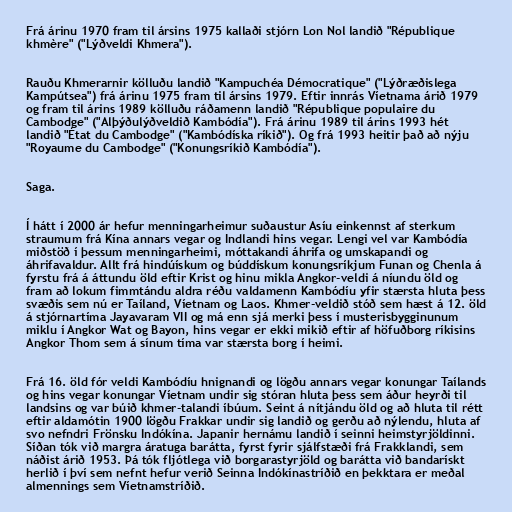
Frá árinu 1970 fram til ársins 1975 kallaði stjórn Lon Nol landið "République
khmère" ("Lýðveldi Khmera").

Rauðu Khmerarnir kölluðu landið "Kampuchéa Démocratique" ("Lýðræðislega
Kampútsea") frá árinu 1975 fram til ársins 1979. Eftir innrás Víetnama árið 1979
og fram til árins 1989 kölluðu ráðamenn landið "République populaire du
Cambodge" ("Alþýðulýðveldið Kambódía"). Frá árinu 1989 til árins 1993 hét
landið "État du Cambodge" ("Kambódíska ríkið"). Og frá 1993 heitir það að nýju
"Royaume du Cambodge" ("Konungsríkið Kambódía").

Saga.

Í hátt í 2000 ár hefur menningarheimur suðaustur Asíu einkennst af sterkum
straumum frá Kína annars vegar og Indlandi hins vegar. Lengi vel var Kambódía
miðstöð í þessum menningarheimi, móttakandi áhrifa og umskapandi og
áhrifavaldur. Allt frá hindúískum og búddískum konungsríkjum Funan og Chenla á
fyrstu frá á áttundu öld eftir Krist og hinu mikla Angkor-veldi á níundu öld og
fram að lokum fimmtándu aldra réðu valdamenn Kambódíu yfir stærsta hluta þess
svæðis sem nú er Taíland, Víetnam og Laos. Khmer-veldið stóð sem hæst á 12. öld
á stjórnartíma Jayavaram VII og má enn sjá merki þess í musterisbygginunum
miklu í Angkor Wat og Bayon, hins vegar er ekki mikið eftir af höfuðborg ríkisins
Angkor Thom sem á sínum tíma var stærsta borg í heimi.

Frá 16. öld fór veldi Kambódíu hnignandi og lögðu annars vegar konungar Taílands
og hins vegar konungar Víetnam undir sig stóran hluta þess sem áður heyrði til
landsins og var búið khmer-talandi íbúum. Seint á nítjándu öld og að hluta til rétt
eftir aldamótin 1900 lögðu Frakkar undir sig landið og gerðu að nýlendu, hluta af
svo nefndri Frönsku Indókína. Japanir hernámu landið í seinni heimstyrjöldinni.
Síðan tók við margra áratuga barátta, fyrst fyrir sjálfstæði frá Frakklandi, sem
náðist árið 1953. Þá tók fljótlega við borgarastyrjöld og barátta við bandarískt
herlið í því sem nefnt hefur verið Seinna Indókínastríðið en þekktara er meðal
almennings sem Víetnamstríðið.